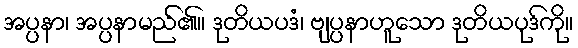
အပ္ပနာ၊ အပ္ပနာမည်၏။ ဒုတိယပဒံ၊ ဗျပ္ပနာဟူသော ဒုတိယပုဒ်ကို။